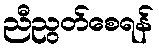
ညီညွတ်စေရန်